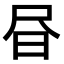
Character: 𭥜